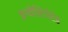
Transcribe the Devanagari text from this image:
इनवेस्टिगेटेड